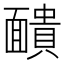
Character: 靧